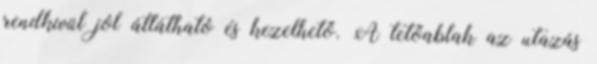
rendkívül jól átlátható és kezelhető. A tetőablak az utazás